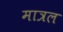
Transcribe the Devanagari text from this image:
मात्रल